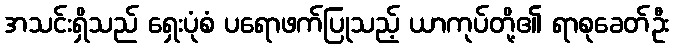
အသင်းရှိသည် ရှေးပုံစံ ပရောဖက်ပြုသည့် ယာကုပ်တို့၏ ရာစုခေတ်ဦး